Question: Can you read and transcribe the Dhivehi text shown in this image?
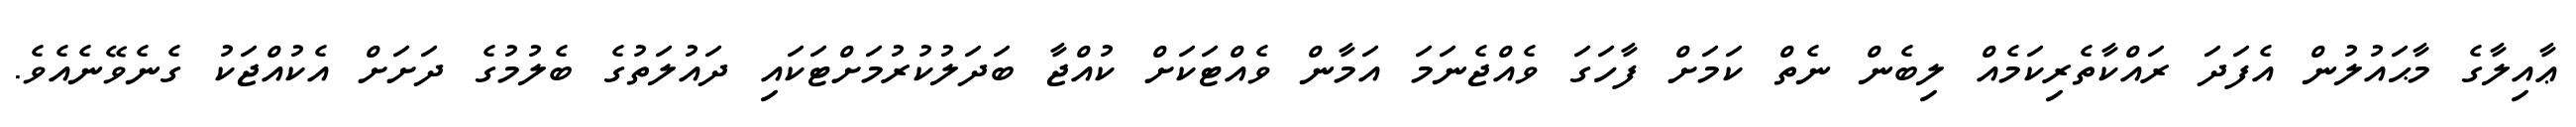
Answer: ޢާއިލާގެ މާޙައުލުން އެފަދަ ރައްކާތެރިކަމެއް ލިބެން ނެތް ކަމަށް ފާހަގަ ވެއްޖެނަމަ އަމާން ވެއްޓަކަށް ކުއްޖާ ބަދަލުކުރުމަށްޓަކައި ދައުލަތުގެ ބެލުމުގެ ދަށަށް އެކުއްޖަކު ގެނެވޭނެއެވެ.